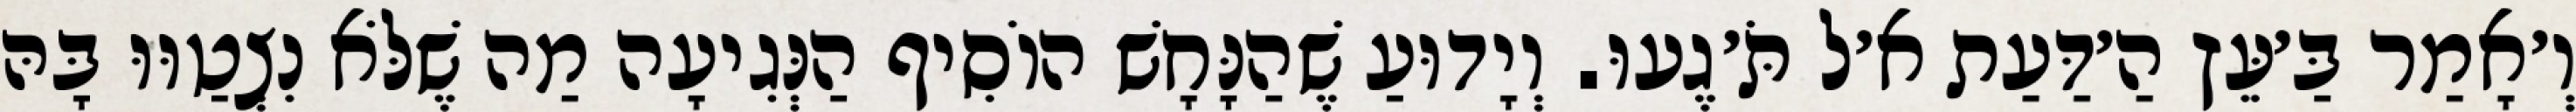
וְ׳אָמַר בַּ׳עֵּץ הַ׳דַּעַת א׳ל תֹּ׳גֶעוּ. וְיָדוּעַ שֶׁהַנָּחָשׁ הוֹסִיף הַנְּגִיעָה מַה שֶׁלֹּא נִצְטַוּוּ בָּהּ